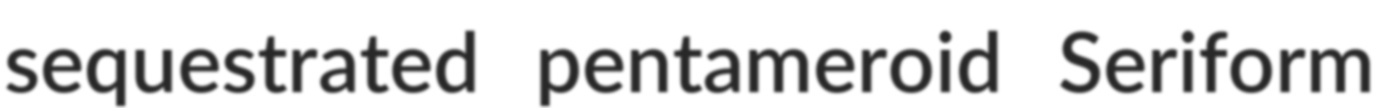
sequestrated pentameroid Seriform